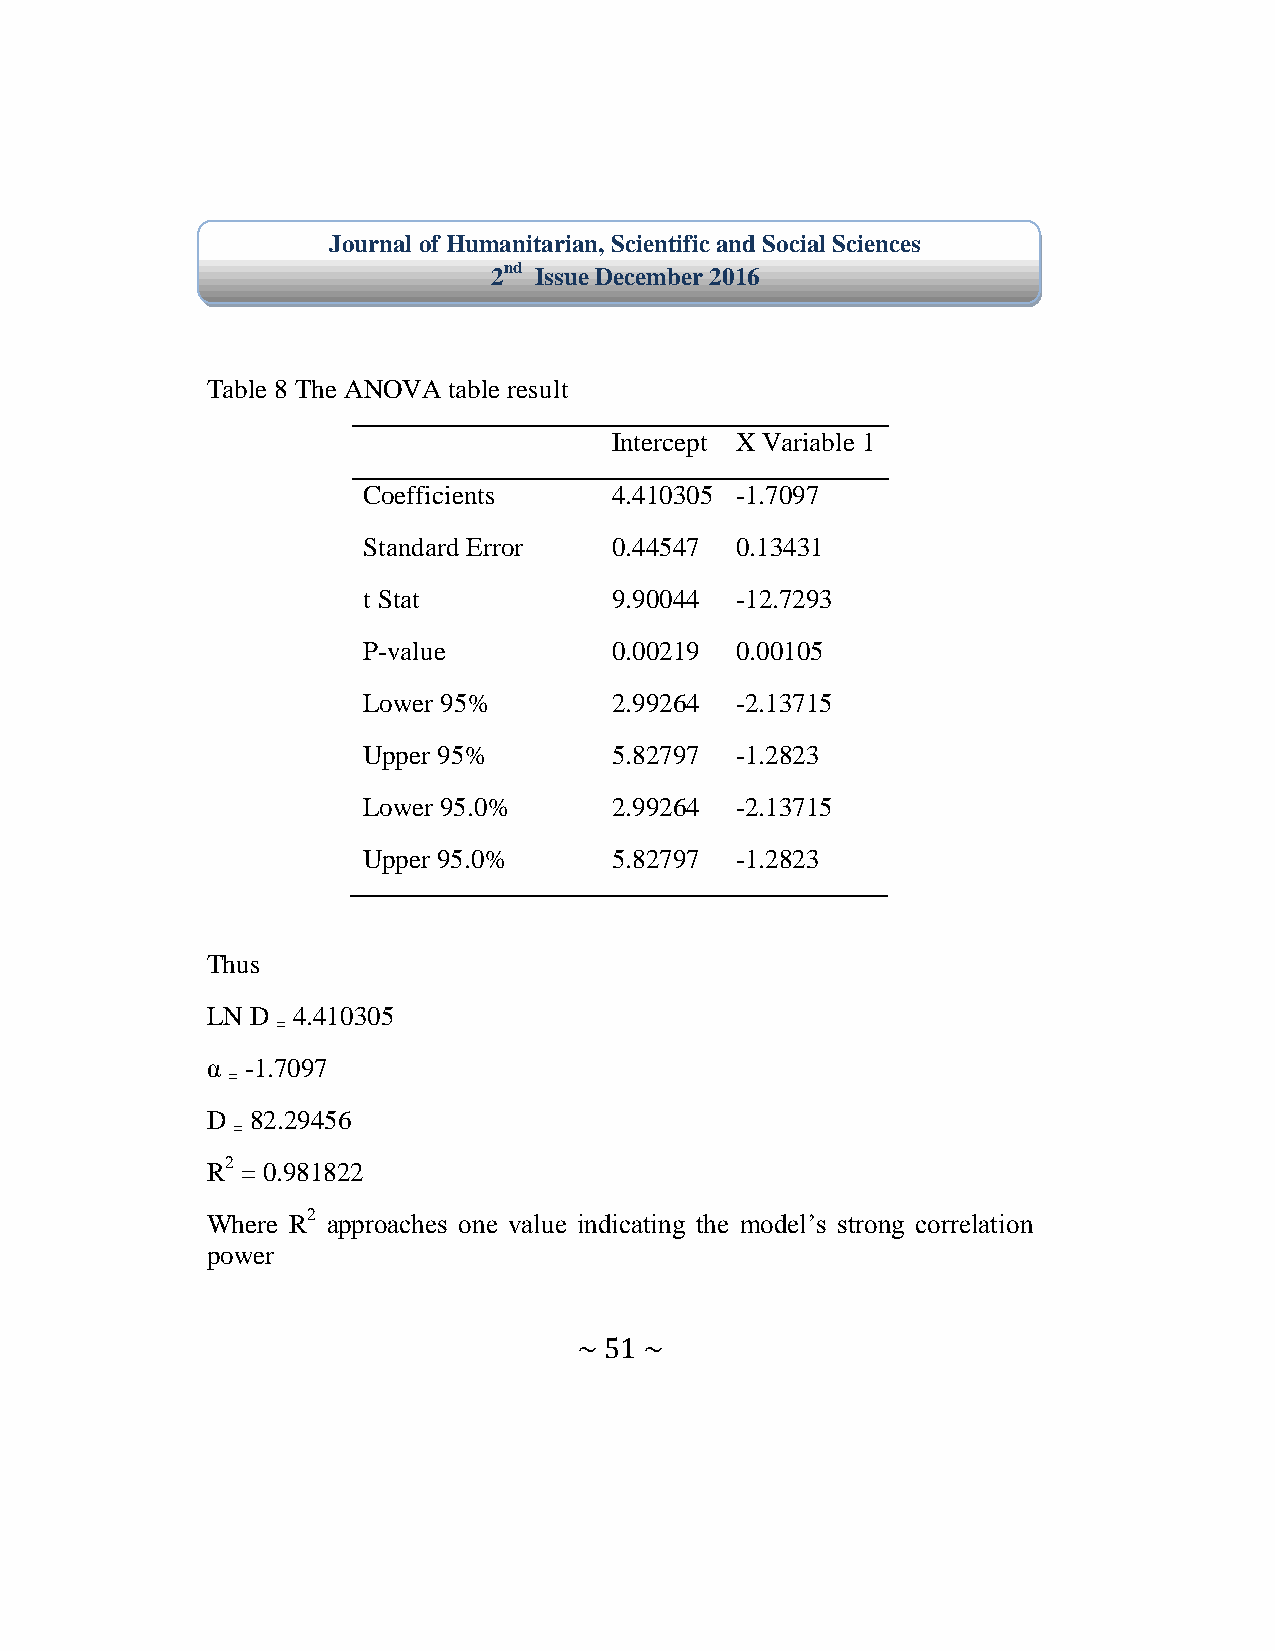
Journal of Humanitarian, Scientific and Social Sciences
 2nd Issue December 2016
 Table 8 The ANOVA table result
 Intercept X Variable 1
 Coefficients     4.410305 -1.7097
 Standard Error   0.44547 0.13431
 t Stat           9.90044 -12.7293
 P-value          0.00219 0.00105
 Lower 95%        2.99264 -2.13715
 Upper 95%        5.82797 -1.2823
 Lower 95.0%      2.99264 -2.13715
 Upper 95.0%      5.82797 -1.2823
 Thus
 LN D 4.410305
 =
 α -1.7097
 =
 D  82.29456
 =
 R2 = 0.981822
 Where R2 approaches one value indicating the model’s strong correlation
 power
 ~ 51 ~